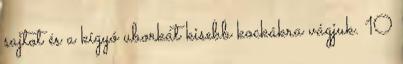
sajtot és a kígyó uborkát kisebb kockákra vágjuk. 10